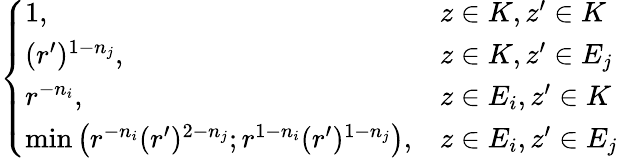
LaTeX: \left\{ \begin{array}{ll}{1,}&{z\in K,z^{\prime}\in K}\\ {(r^{\prime})^{1-n_{j}},}&{z\in K,z^{\prime}\in E_{j}}\\ {r^{-n_{i}},}&{z\in E_{i},z^{\prime}\in K}\\ {\operatorname*{min}\left(r^{-n_{i}}(r^{\prime})^{2-n_{j}};r^{1-n_{i}}(r^{\prime})^{1-n_{j}}\right),}&{z\in E_{i},z^{\prime}\in E_{j}}\end{array}\right.